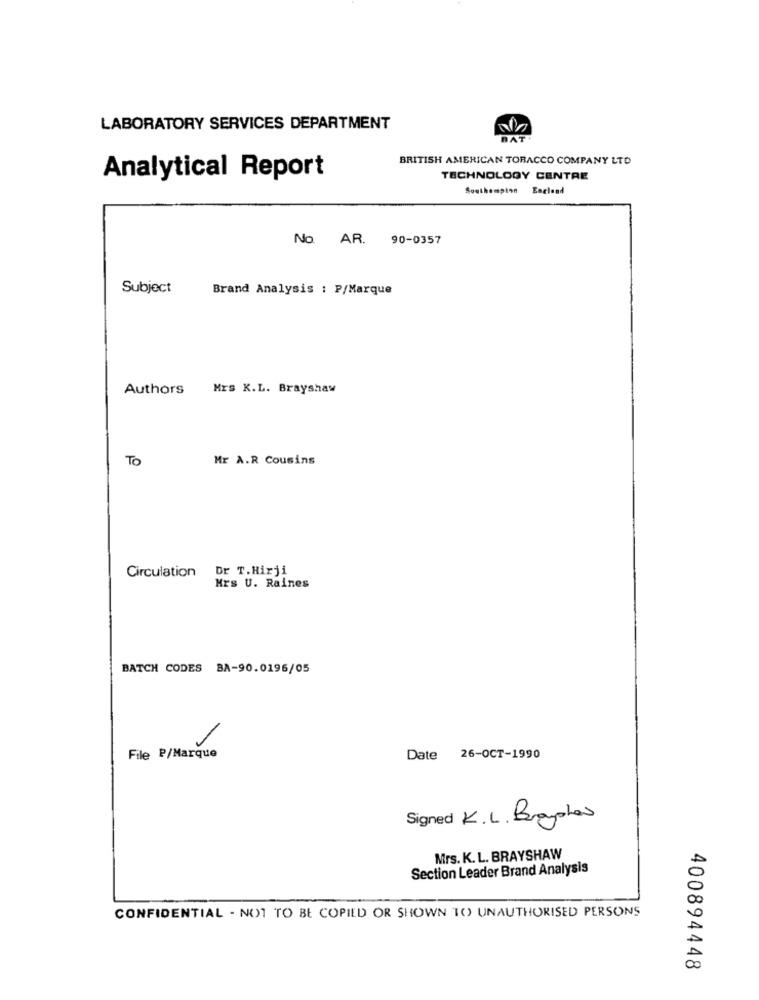
LABORATORY SERVICES DEPARTMENT
NAT.
BRITISH AMERICAN TOBACCO COMPANY LTD
Analytical Report
TECHNOLOGY CENTRE
Southampinn Eacland
No. AR. 90-0357
Subject
Brand Analysis : P/Marque
Authors
Mrs K.L. Brayshaw
TO
Mr A.R Cousins
Circulation Dr T.Hirji
Mrs U. Raines
BATCH CODES BA-90.0196/05
File P/Marque
Date 26-OCT-1990
Signed K.L. Broyles
Mrs. K. L. BRAYSHAW
Section Leader Brand Analysis
CONFIDENTIAL - NOT TO BE COPIED OR SHOWN TO UNAUTHORISED PERSONS
400894448